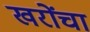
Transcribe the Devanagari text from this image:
खरोंचा